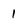
Character: 1